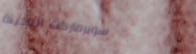
سوبرماركت المدينة